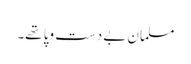
مسلمان بے دست وپا تھے۔